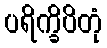
ပရိက္ခိပိတုံ